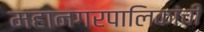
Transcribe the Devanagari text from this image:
महानगरपालिकांची